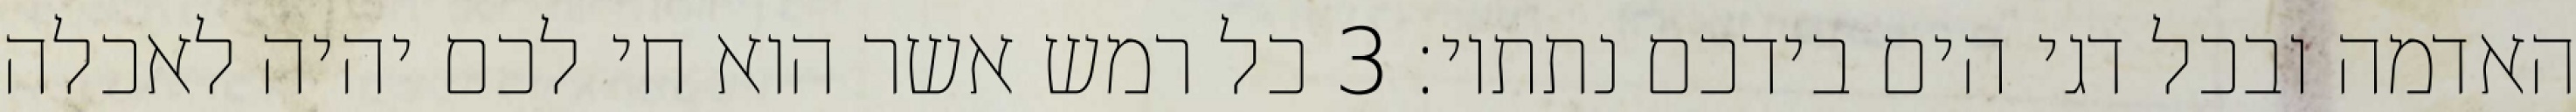
האדמה ובכל דגי הים בידכם נתתיו׃ ‎3‏ כל רמש אשר הוא חי לכם יהיה לאכלה